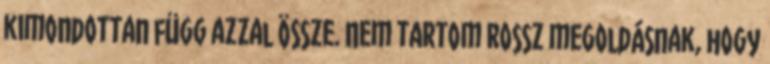
kimondottan függ azzal össze. Nem tartom rossz megoldásnak, hogy